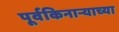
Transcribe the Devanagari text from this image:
पूर्वकिनाऱ्याच्या